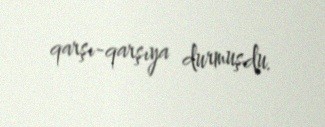
qarşı-qarşıya durmuşdu.